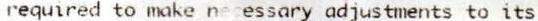
REQUIRED TO MAKE NECESSARY ADJUSTMENTS TO ITS